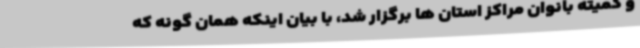
و کمیته بانوان مراکز استان ها برگزار شد، با بیان اینکه همان گونه که